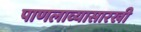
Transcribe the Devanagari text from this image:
पाणलाव्यासारखी